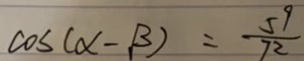
\cos ( x - \beta ) = \frac { 5 9 } { 7 2 }